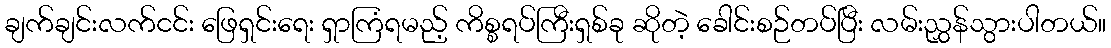
ချက်ချင်းလက်ငင်း ဖြေရှင်းရေး ရှာကြံရမည့် ကိစ္စရပ်ကြီးရှစ်ခု ဆိုတဲ့ ခေါင်းစဉ်တပ်ပြီး လမ်းညွှန်သွားပါတယ်။